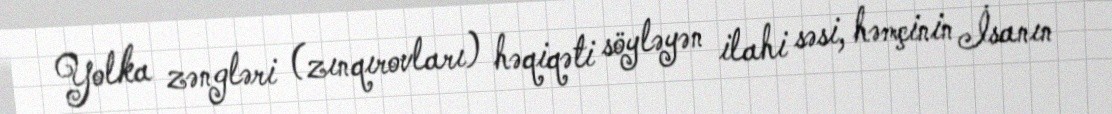
Yolka zəngləri (zınqırovları) həqiqəti söyləyən ilahi səsi, həmçinin İsanın